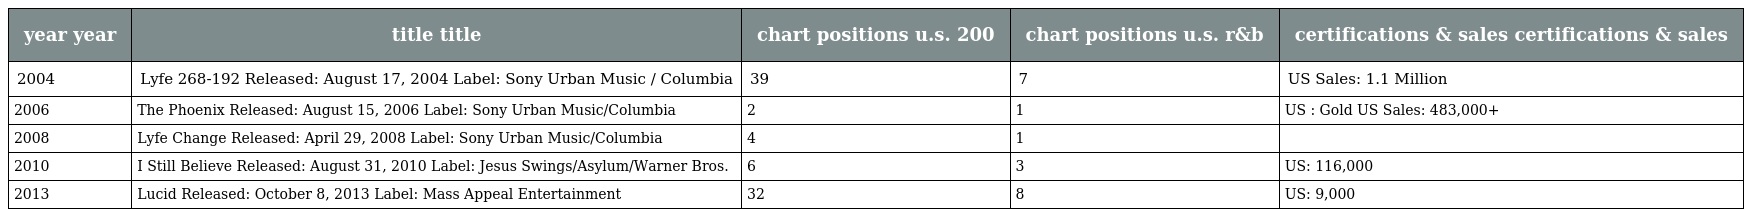
| year year | title title | chart positions u.s. 200 | chart positions u.s. r&b | certifications & sales certifications & sales |
 | --- | --- | --- | --- | --- |
 | 2004 | Lyfe 268-192 Released: August 17, 2004 Label: Sony Urban Music / Columbia | 39 | 7 | US Sales: 1.1 Million |
 | 2006 | The Phoenix Released: August 15, 2006 Label: Sony Urban Music/Columbia | 2 | 1 | US : Gold US Sales: 483,000+ |
 | 2008 | Lyfe Change Released: April 29, 2008 Label: Sony Urban Music/Columbia | 4 | 1 |  |
 | 2010 | I Still Believe Released: August 31, 2010 Label: Jesus Swings/Asylum/Warner Bros. | 6 | 3 | US: 116,000 |
 | 2013 | Lucid Released: October 8, 2013 Label: Mass Appeal Entertainment | 32 | 8 | US: 9,000 |